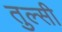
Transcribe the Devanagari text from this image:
तुल्सी